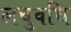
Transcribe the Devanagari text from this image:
लघुवधि